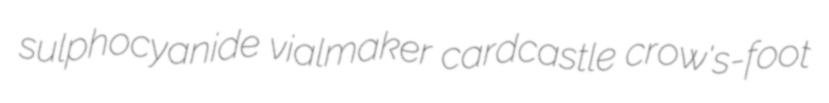
sulphocyanide vialmaker cardcastle crow's-foot